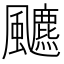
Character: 𱃐